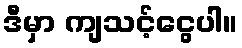
ဒီမှာ ကျသင့်ငွေပါ။